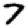
Digit: 7